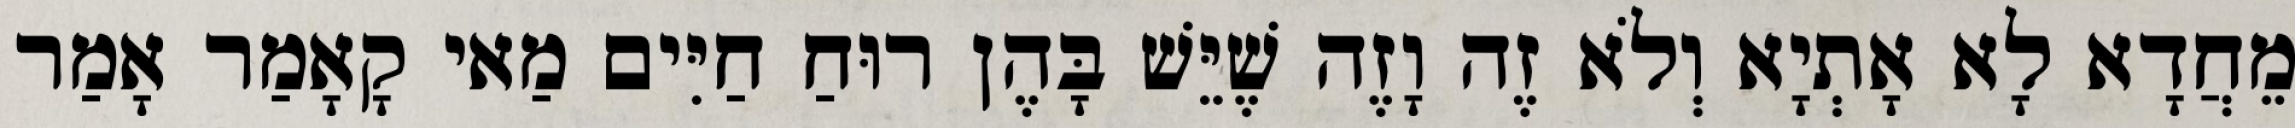
מֵחֲדָא לָא אָתְיָא וְלֹא זֶה וָזֶה שֶׁיֵּשׁ בָּהֶן רוּחַ חַיִּים מַאי קָאָמַר אָמַר